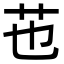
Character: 𦬎